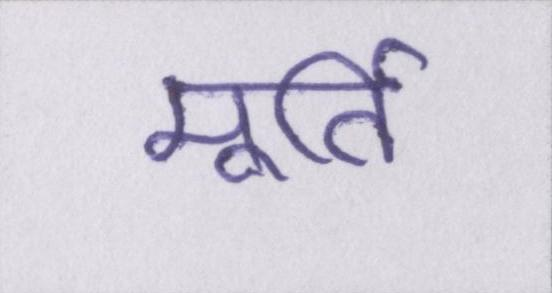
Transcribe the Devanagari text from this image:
मूर्ति